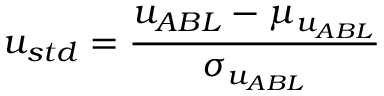
u _ { s t d } = \frac { u _ { A B L } - \mu _ { u _ { A B L } } } { \sigma _ { u _ { A B L } } }